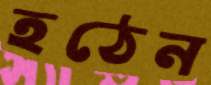
হঠেন